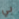
بي